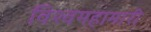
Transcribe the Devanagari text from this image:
विश्वमहामारी